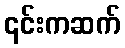
၎င်းကဆက်